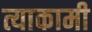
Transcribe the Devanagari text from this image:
त्याकामी